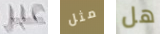
عبر مثل هل